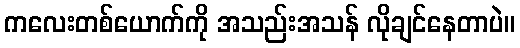
ကလေးတစ်ယောက်ကို အသည်းအသန် လိုချင်နေတာပဲ။